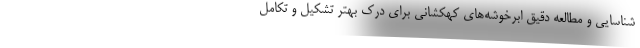
شناسایی و مطالعه دقیق ابرخوشه‌های کهکشانی برای درک بهتر تشکیل و تکامل